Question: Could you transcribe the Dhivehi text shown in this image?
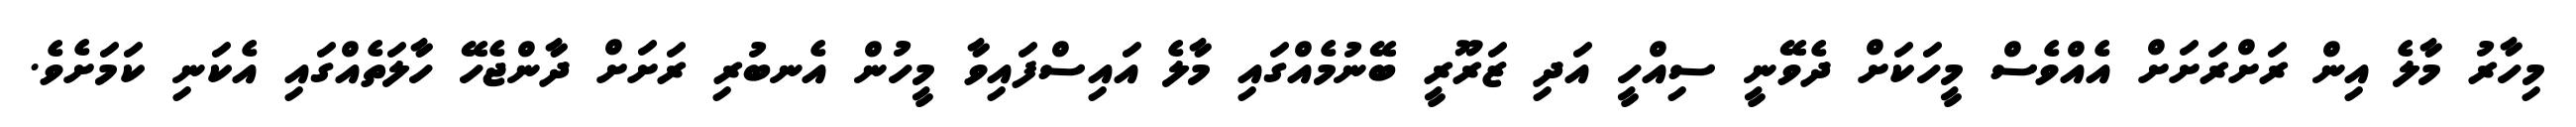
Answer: މިހާރު މާލެ އިން ރަށްރަށަށް އެއްވެސް މީހަކަށް ދެވޭނީ ސިއްހީ އަދި ޒަރޫރީ ބޭނުމެއްގައި މާލެ އައިސްފައިވާ މީހުން އެނބުރި ރަށަށް ދާންޖެހޭ ހާލަތެއްގައި އެކަނި ކަމަށެވެ.